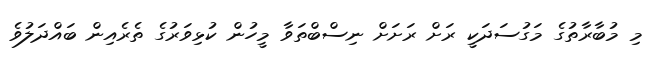
މި މުބާރާތުގެ މަގުސަދަކީ ރަަށް ރަށަށް ނިސްބްތަވާ މީހުން ކުޅިވަރުގެ ތެރެއިން ބައްދަލުވެ